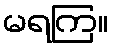
မရကြ။